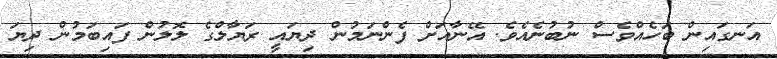
އަނގައިން ބަހެއްވެސް ނުބުނެއެވެ. އޭނާއަށް ފެންނަމުން ދިޔައީ ރަޔާލްގެ ލޮލުން ފައިބަމުން ދިޔަ